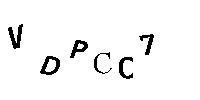
VDPCC7